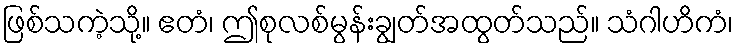
ဖြစ်သကဲ့သို့။ ဧတံ၊ ဤစုလစ်မွန်းချွတ်အထွတ်သည်။ သံဂါဟိကံ၊